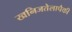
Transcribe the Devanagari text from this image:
खनिजतेलापैकी